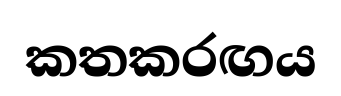
කතකරඟය